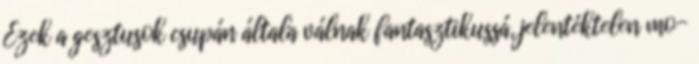
Ezek a gesztusok csupán általa válnak fantasztikussá, jelentéktelen mo-